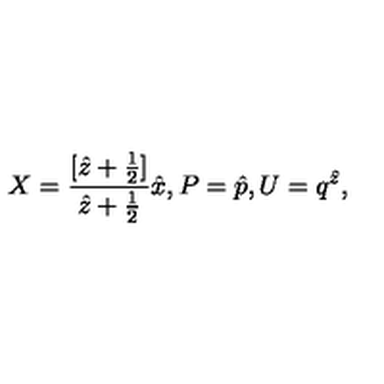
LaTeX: X = \frac { [ \hat { z } + \frac { 1 } { 2 } ] } { \hat { z } + \frac { 1 } { 2 } } \hat { x } , P = \hat { p } , U = q ^ { \hat { z } } ,